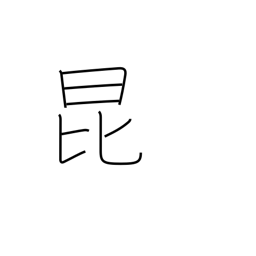
Meaning: insect